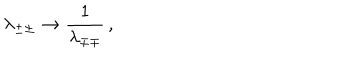
\lambda _ { \pm \pm } \rightarrow { \frac { 1 } { \lambda _ { \mp \mp } } } \, ,